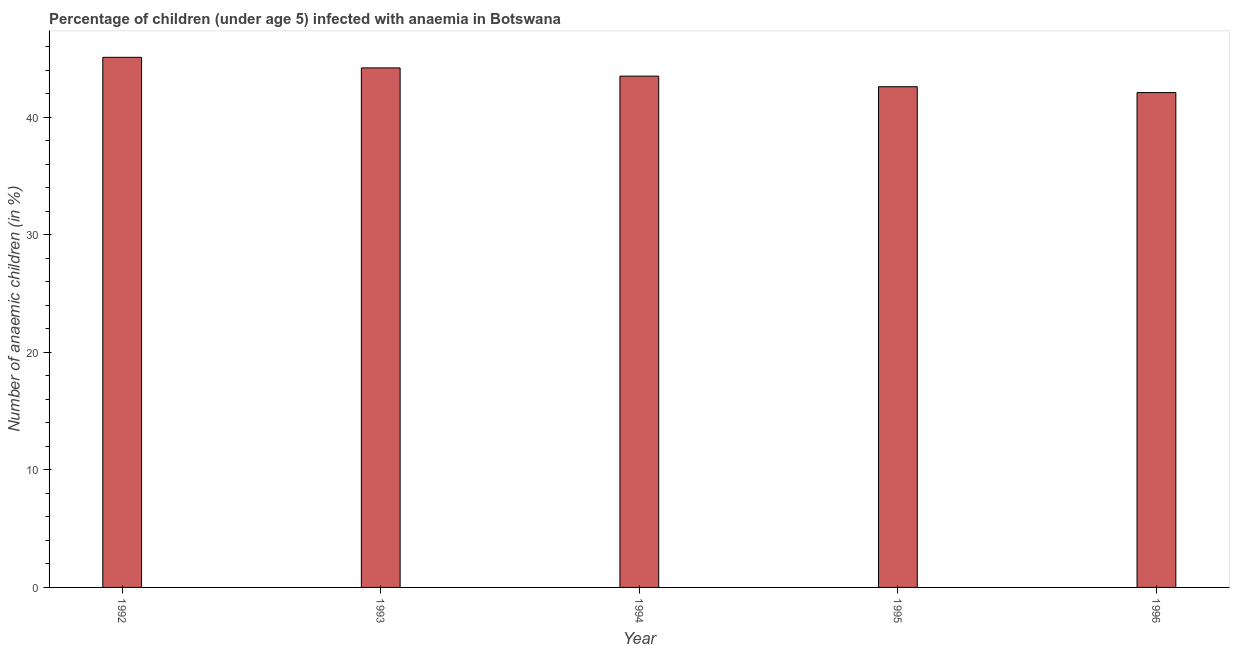
| Year | Prevalence of anemia among children |
 | --- | --- |
 | 1992 | 45.1 |
 | 1993 | 44.2 |
 | 1994 | 43.5 |
 | 1995 | 42.6 |
 | 1996 | 42.1 |